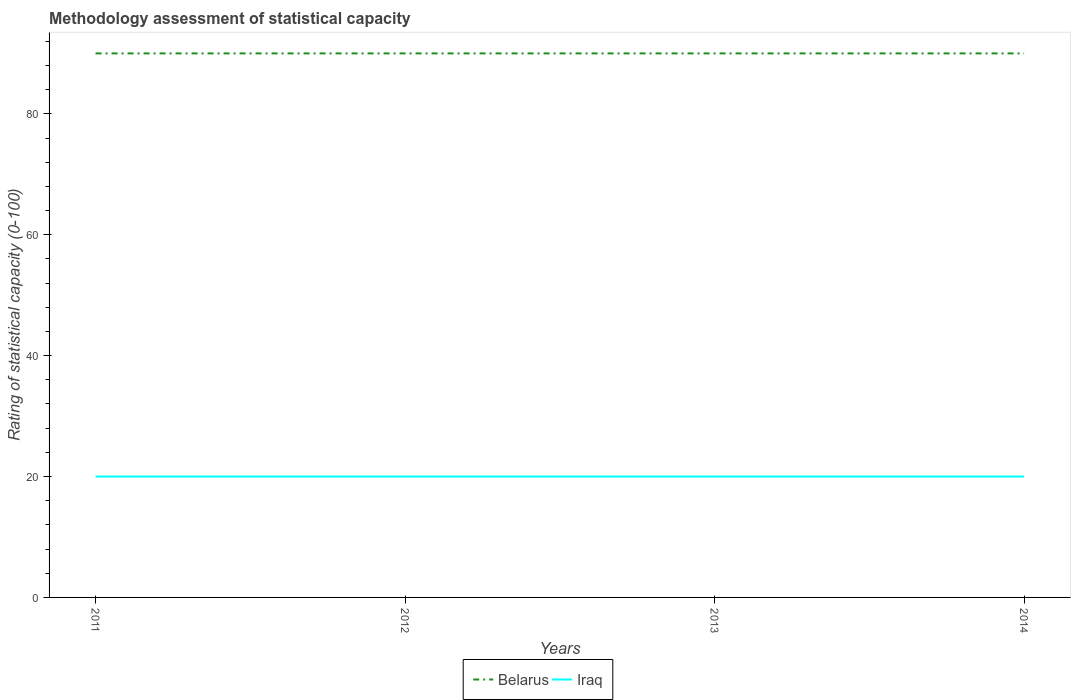
| Years | Belarus | Iraq |
 | --- | --- | --- |
 | 2011 | 90 | 20 |
 | 2012 | 90 | 20 |
 | 2013 | 90 | 20 |
 | 2014 | 90 | 20 |